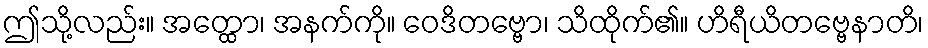
ဤသို့လည်း။ အတ္ထော၊ အနက်ကို။ ဝေဒိတဗ္ဗော၊ သိထိုက်၏။ ဟိရီယိတဗ္ဗေနာတိ၊